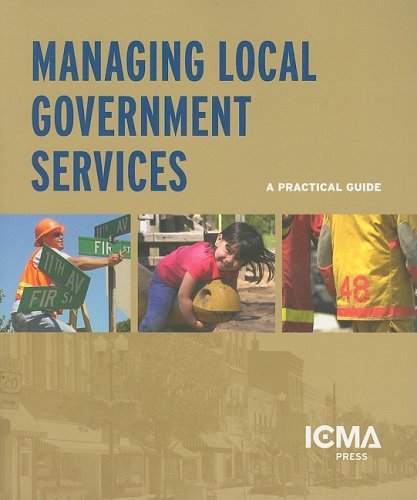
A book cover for Managing Local Government Services: A Practical Guide; Business & Money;